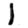
Digit: 1